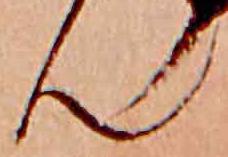
ん